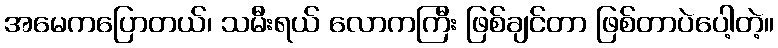
အမေကပြောတယ်၊ သမီးရယ် လောကကြီး ဖြစ်ချင်တာ ဖြစ်တာပဲပေါ့တဲ့။